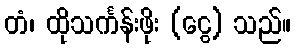
တံ၊ ထိုသင်္ကန်းဖိုး (ငွေ) သည်။